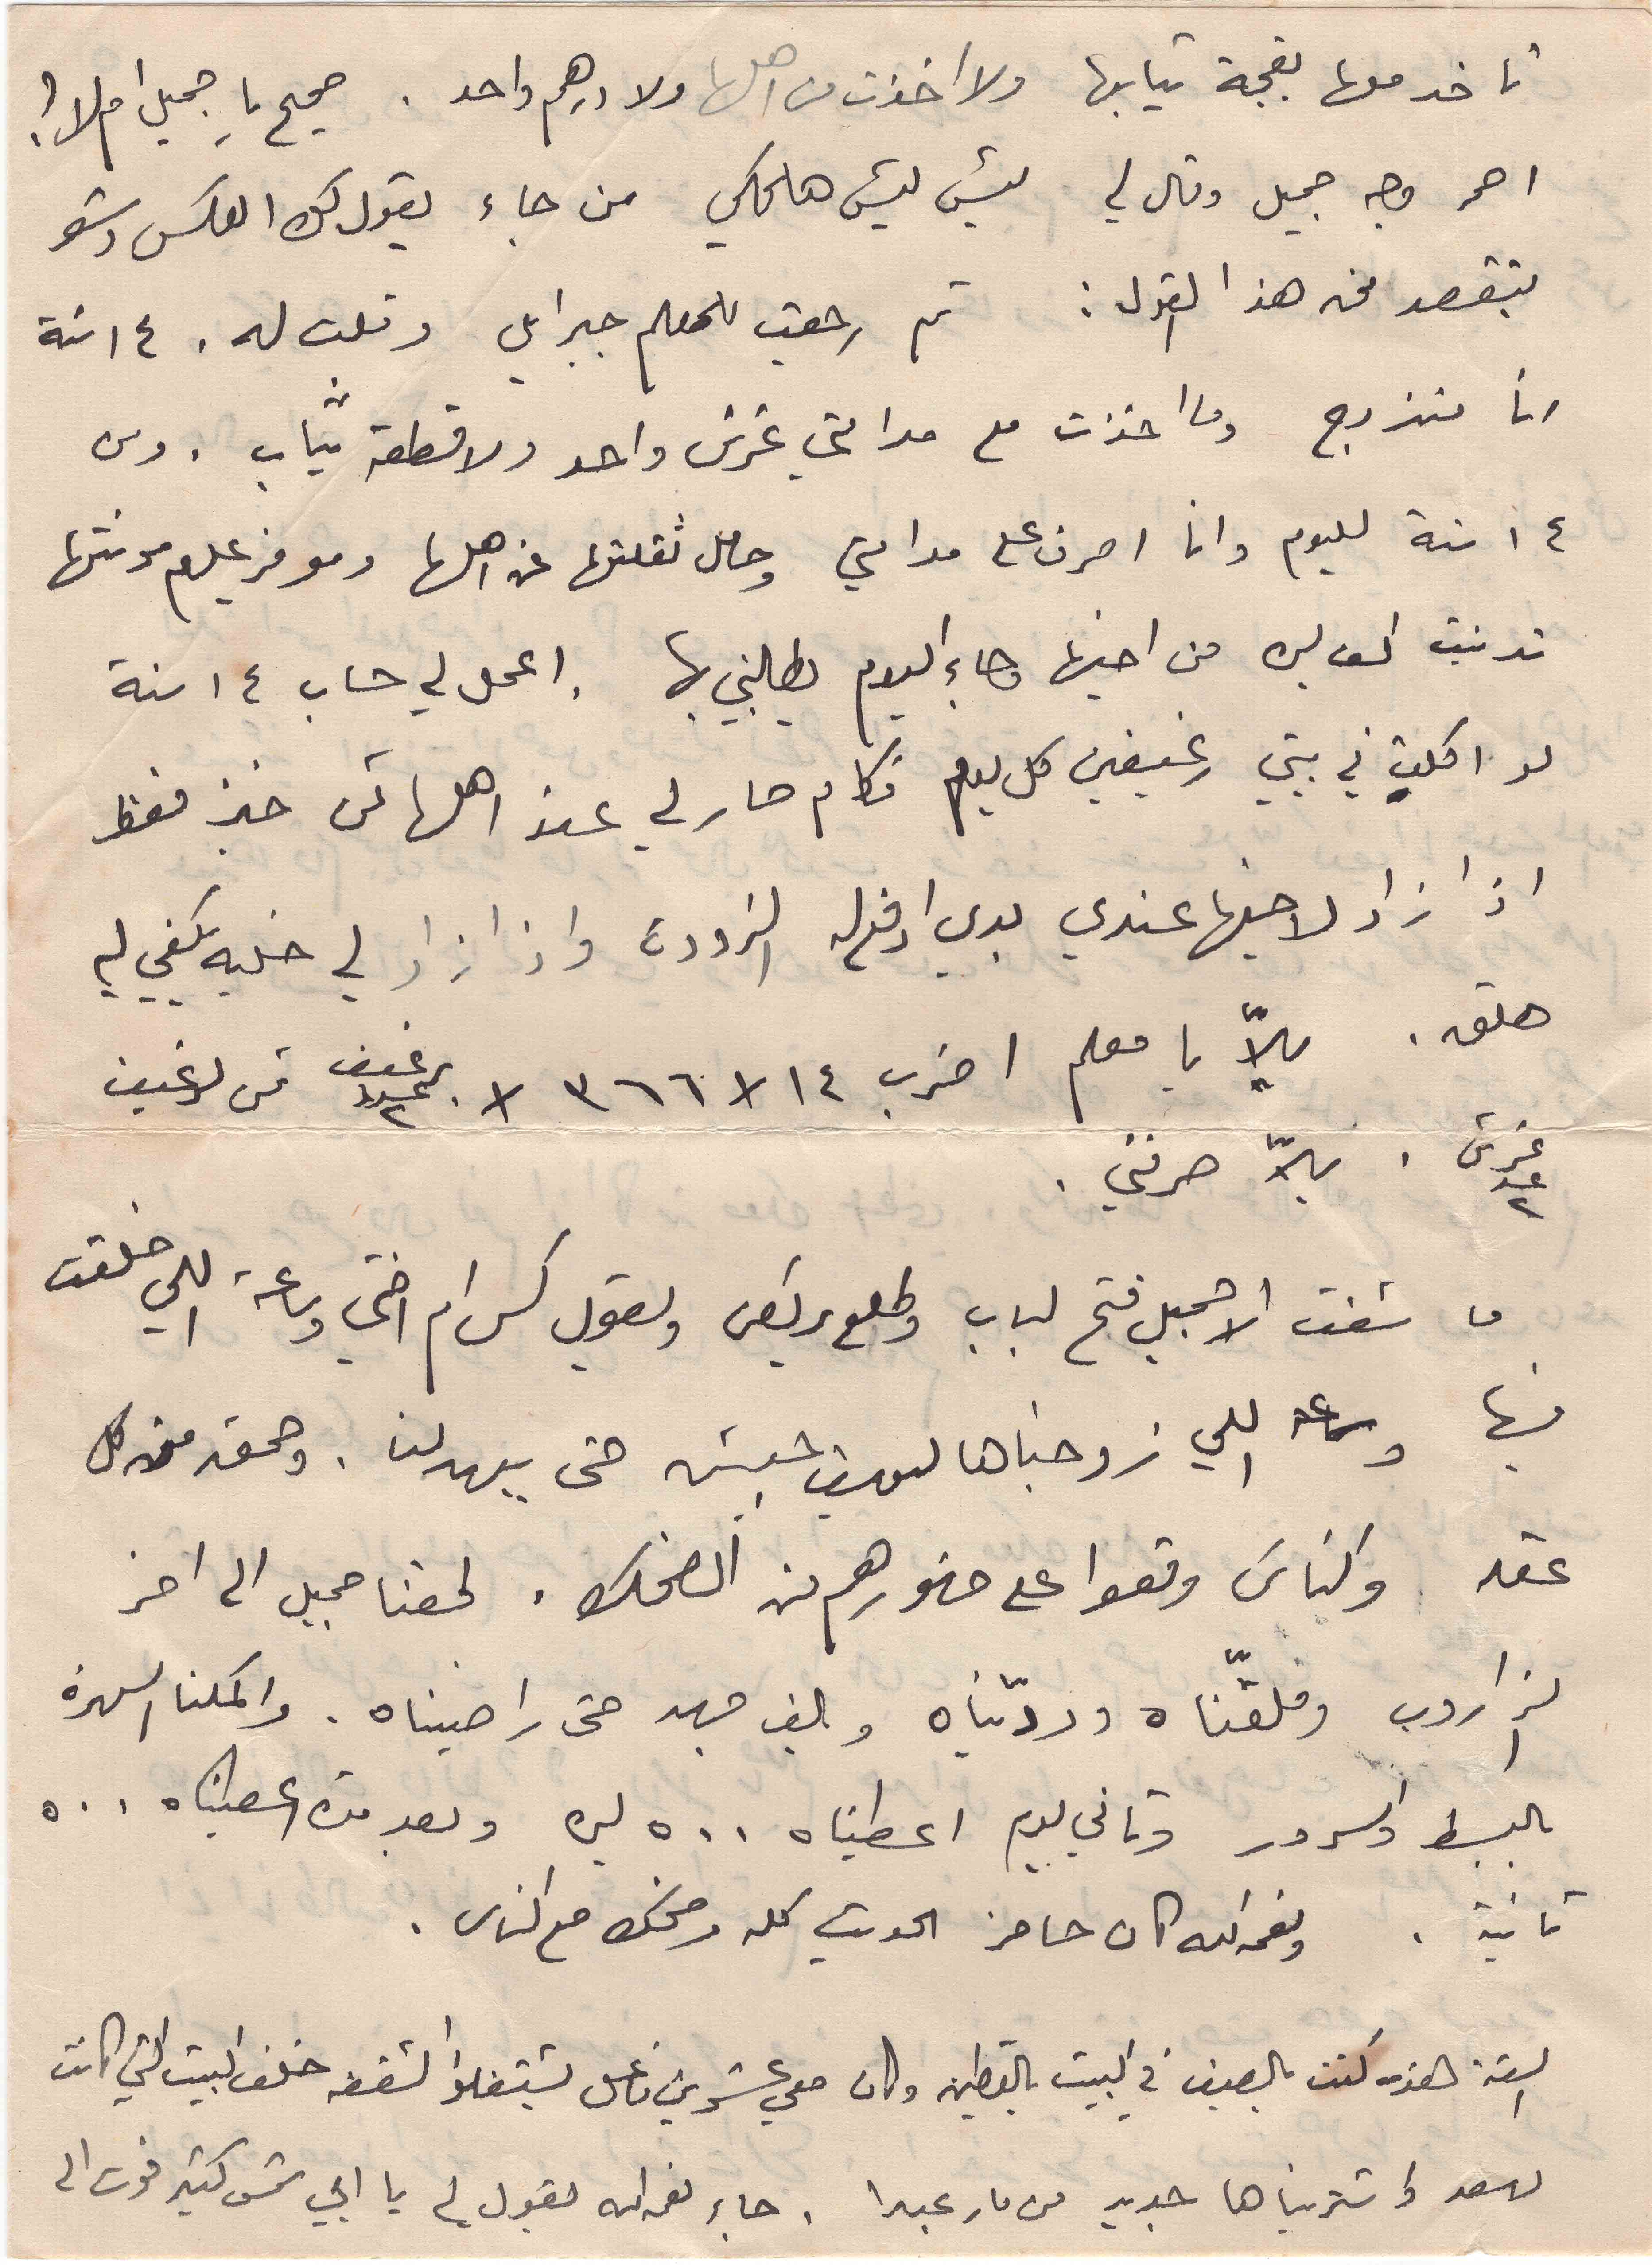
تاخد معها بقجة تيابها ولا اخذت من اهلها ولا درهم واحد . صحيح يا جميل ام لا؟
احمر وجه جميل وقال لي ليش هالحكي من جاء يقول لك العكس وشو
بتقصد من هذا القول: ثم رجعت للمعلم جبرايل وقلت له . ١٤ سنة
انا متزوج وما اخذت مع مدامتي غرش واحد ولا قطعة تياب . ومن
١٤ سنة لليوم وانا اصرف على مدامتي وحامل تقلتها عن اهلها وموفر عليهم مونتها
تدنيت الف ليرة من اخيها وجاء اليوم يطالبني بها . اعمل لي حساب ١٤ سنة
لو اكلت في بيتي رغيفين كل يوم فكام صار لي عند اهلها ثمن خبز فقط
اذا زاد لاخيها عندي بدي ادفع له الزودة واذا زاد لي خليه يكفي لي
هلق. يلاّ يا معلم اضرب ١٤ * ٣٦٦ * رغيف عدد ٢ ثمن لرغيف
غرش عد ٢. يلاّ صرفني .
ما شفت الا جميل فتح الباب وطلع يركض ويقول كس ام اختي وساعة اللي خلقت
فيها وساعة اللي زوجناها ليوسف حبيش حتى يبهدلنا . وحمق من كل
عقله والناس وقعوا على ضهورهم من الضحك . لحقنا جميل الى اخر
الزاروب وملقّناه وردّيناه وبالف جهد حتى راضيناه . واكملنا السهرة
بالبسط والسرور وتاني يوم اعطيناه ٥٠٠ ليرة وبعد مدة اعطيناه ٥٠٠
تانية . ونعمه الله كان حاضر الحديث كله وضحك مع الناس.
السنة هذه كنت بالصيف في البيت بالقطين وكان معي عشرين فاعل يشتغلوا الشقفة خلف البيت التي كانت
لاسعد واشتريناها جديد من مار عبدا . جاء نعمه الله يقول لي يا ابي شمس كتير فوت الى